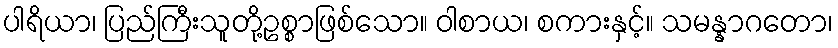
ပါရိယာ၊ ပြည်ကြီးသူတို့ဥစ္စာဖြစ်သော။ ဝါစာယ၊ စကားနှင့်။ သမန္နာဂတော၊